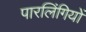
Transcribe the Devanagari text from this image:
पारलिंगियों